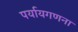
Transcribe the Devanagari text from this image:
पर्यायगणना